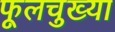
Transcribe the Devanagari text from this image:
फूलचुख्या